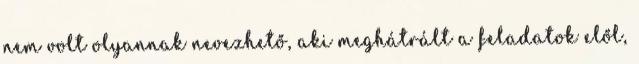
nem volt olyannak nevezhető, aki meghátrált a feladatok elől,